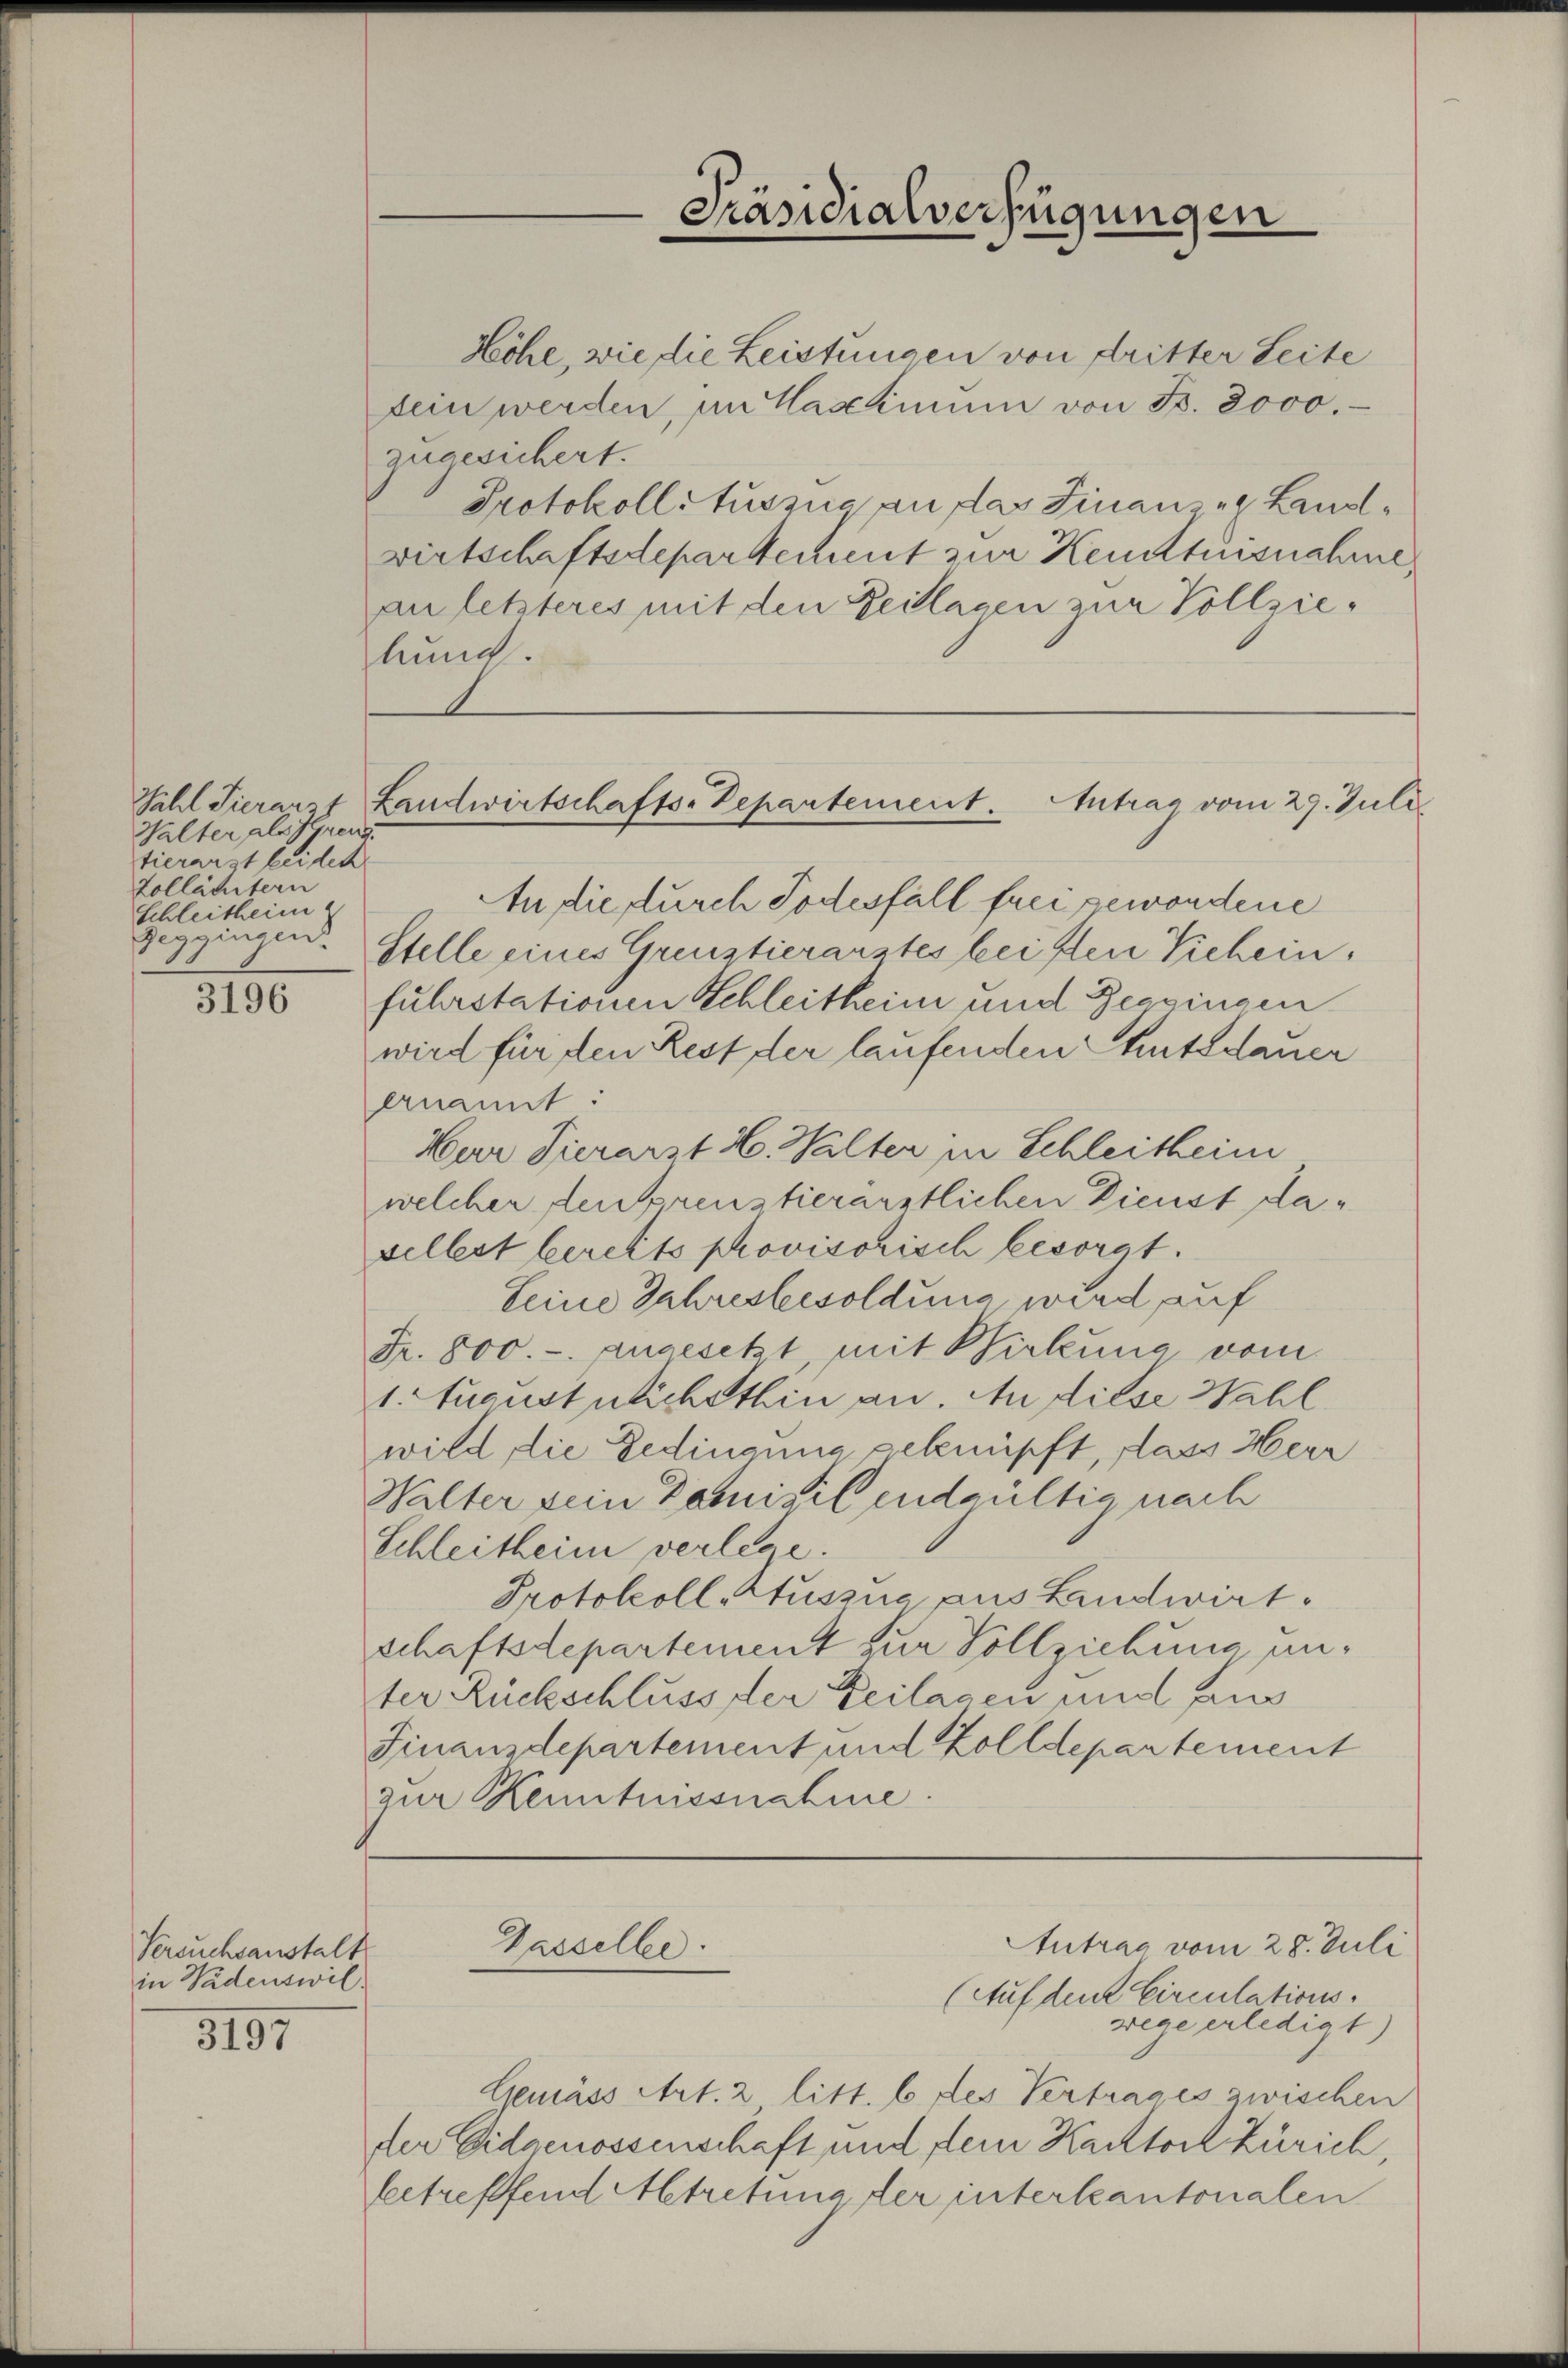
Wahl Tierarzt
Walter als Hereng
tierarst leiden
Zolläcitern
Schleitheim
Geggingen

3196

Versuchsanstalt
in Wadenswil.

3197

hung.

Präsidialverfügungen

Landwirtschafts-Departement. Antrag vom 27. Juli

Passelbe

Höhe, wie die Leistungen von dritter Seite
fein werden, im Kassimum von Bs. 2000.
zugesichert.
Protokoll Auszug an das Finanze Landwirtschaftsdepartement zur Kenntnisnahme
auletzteres mit den Zeitlagen zur Vollzie¬
An die durch Todesfäll frei gewordene
Stelle eines Grenztierarztes beisten Viehein.
fuhrstationen Schleitheim und Zeggingen
wird für den Rest der laufenden Amtsdauer
enamt
Hur Tierarzt H. Halter in Schleitheim
welcher den preustierärztlichen Dienst daselbst bereits provisorisch besorgt.
Leine Jahresbesoldung, wird auf
Fr. 800.- angesetzt, mit Wirkung vom
1. Augustlichsthin an. An diese Wahl
wird die Gedingung geknüpft, dass Herr
Walter sein Domizil endgültig nach
Schleitheim verlege.
Protokoll-Kuszna aus Landwirtschaftsdepartement zur Vollziehung anter Rückschluss der Beilagen und aus
Finanzdepartement und Zolldepartement
zur Kenntnissnahme.

wege erledigt)
Gemäss Art. 2 litt. b des Vertrages zwischen
der Eidgenossenschaft und dein Kacktor Zürich,
betreffend Abtretung der interkantonalen

Antrag vom 28. Juli
(Auf dem Circulations¬